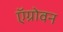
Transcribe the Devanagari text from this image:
ऍग्रोवन